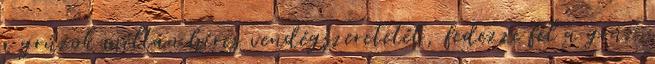
a grúzok méltán híres vendégszeretetét, fedezze fel a grúz